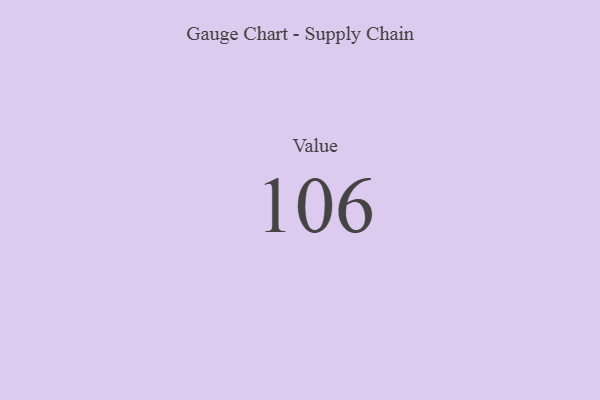
{"axis": {"x": "Metric", "y": "Value"}, "legend": [""], "data": [{"x": "Value", "y": 106, "type": ""}]}